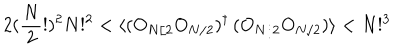
LaTeX: 2 ( \frac { N } { 2 } ! ) ^ { 2 } N ! ^ { 2 } < \langle ( O _ { N / 2 } O _ { N / 2 } ) ^ { \dagger } \, ( O _ { N / 2 } O _ { N / 2 } ) \rangle < N ! ^ { 3 }